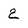
Character: 2